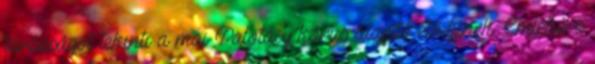
társaságot tekinti a mai Palotásy kórus alapító elődjének. Emlékére